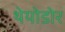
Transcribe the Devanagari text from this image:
थेयोडोर